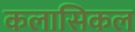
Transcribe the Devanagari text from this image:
कलासिकल